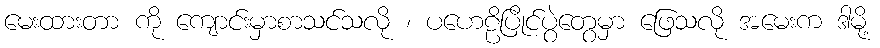
မေးထားတာ ကို ကျောင်းမှာစာသင်သလို ၊ ပဟေဠိပြိုင်ပွဲတွေမှာ ဖြေသလို အမေးက ဒါမို့